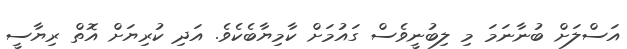
އަސްލަށް ބުނާނަމަ މި ލިބުނީވެސް ގައުމަށް ކާމިޔާބެކެވެ. އަދި ކުރިޔަށް އޮތް ރިޔާސީ